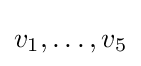
v_{1},\dots ,v_{5}